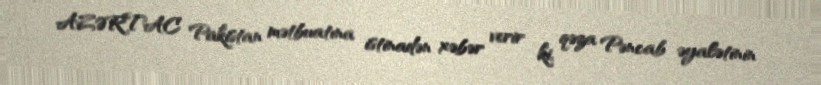
AZƏRTAC Pakistan mətbuatına istinadən xəbər verir ki, qəza Pəncab əyalətinin